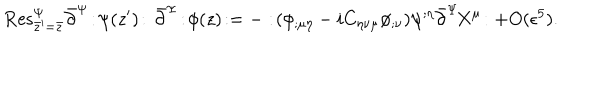
\mathrm { R e s } _ { \bar { z } ^ { \prime } = \bar { z } } ^ { \Psi } \bar { \partial } ^ { \Psi } \! : \! \psi ( z ^ { \prime } ) \! : \, \bar { \partial } ^ { \Psi } \! : \! \phi ( z ) \! : = - : \! ( \phi _ { ; \mu \eta } - i C _ { \eta \nu \mu } \phi _ { ; \nu } ) \psi ^ { ; \eta } \bar { \partial } ^ { \Psi } \! X ^ { \mu } \! : + O ( \epsilon ^ { 5 } ) .